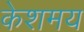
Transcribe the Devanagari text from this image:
केशमय